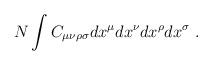
LaTeX: \begin{align*}N \int C_{\mu\nu\rho\sigma} dx^\mu dx^\nu dx^\rho dx^\sigma\ .\end{align*}